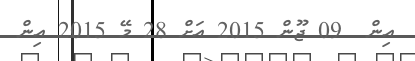
އިން  09 ޖޫން 2015 އަށް 28 މޭ 2015 އިން